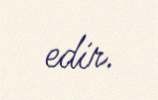
edir.